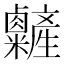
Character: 𥽽